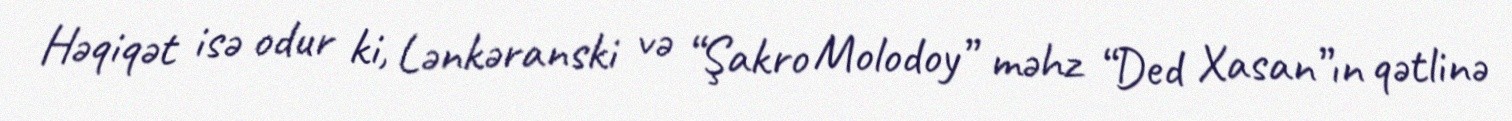
Həqiqət isə odur ki, Lənkəranski və “Şakro Molodoy” məhz “Ded Xasan”ın qətlinə